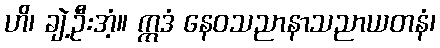
ဟိ၊ ချဲ့ဦးအံ့။ ဣဒံ နေဝသညာနာသညာယတနံ၊